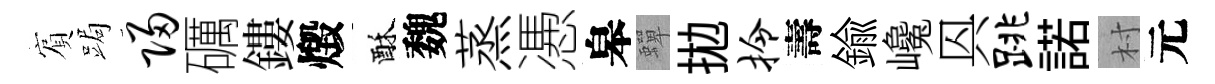
賔跼归礪鏤燬酥魏蒸慿皋蟬拋拎壽鍮巉㒷跳諾村元